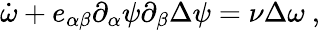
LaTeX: \dot{\omega}+e_{\alpha\beta}\partial_{\alpha}\psi\partial_{\beta}\Delta\psi=\nu\Delta\omega\ ,